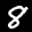
Label: 8